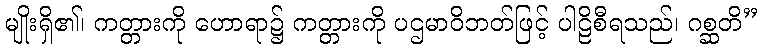
မျိုးရှိ၏၊ ကတ္တားကို ဟောရာ၌ ကတ္တားကို ပဌမာဝိဘတ်ဖြင့် ပါဠိစီရသည်၊ ဂစ္ဆတိ”